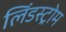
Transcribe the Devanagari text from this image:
लिंडस्ट्रोम